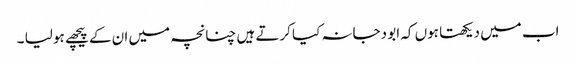
اب میں دیکھتا ہوں کہ ابو دجانہ کیا کرتے ہیں چنانچہ میں ان کے پیچھے ہو لیا ۔